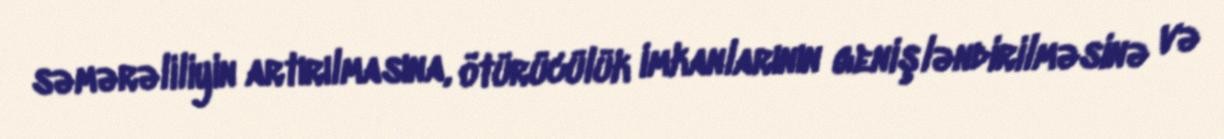
səmərəliliyin artırılmasına, ötürücülük imkanlarının genişləndirilməsinə və